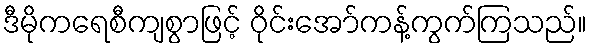
ဒီမိုကရေစီကျစွာဖြင့် ဝိုင်းအော်ကန့်ကွက်ကြသည်။